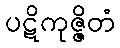
ပဋိကုဇ္ဇိတံ